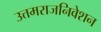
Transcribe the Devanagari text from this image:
उत्तमराजनिवेशन